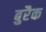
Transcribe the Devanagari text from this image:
बुरैक